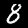
Digit: 8